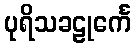
ပုရိသခဠုင်္ကေ